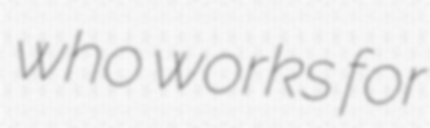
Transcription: who works for